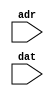
`timescale 1ns / 1ps
//////////////////////////////////////////////////////////////////////////////////
// Company: 
// Engineer: 
// 
// Design Name: 
// Module Name:    SWITCH_A_D 
// Project Name: 
// Target Devices: 
// Tool versions: 
// Description: 
//
// Dependencies: 
//
// Revision: 
// Revision 0.01 - File Created
// Additional Comments: 
//
//////////////////////////////////////////////////////////////////////////////////
module SWITCH_A_D(
			input adr,
			input dat
    );


endmodule